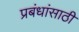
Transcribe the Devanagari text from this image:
प्रबंधांसाठी